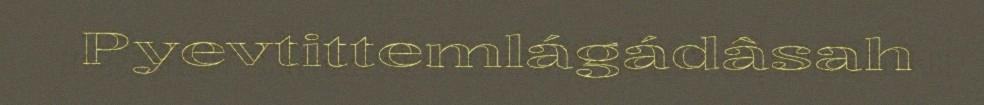
Pyevtittemlágádâsah